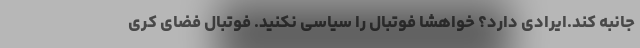
جانبه کند.ایرادی دارد؟ خواهشا فوتبال را سیاسی نکنید. فوتبال فضای کری